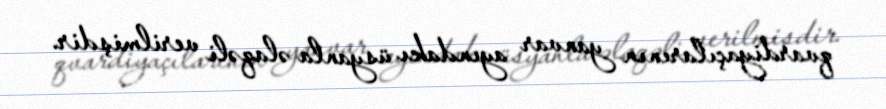
qvardiyaçılarının yanvar ayındakı üsyanla əlaqəli verilmişdir.